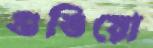
গুঙিয়ো